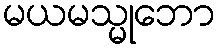
မယမသ္မုဘော